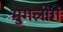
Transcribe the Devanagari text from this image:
मुगलीगं